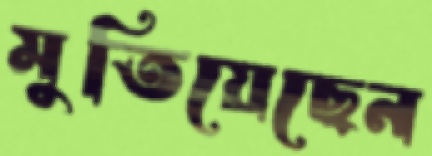
মুতিয়েছেন